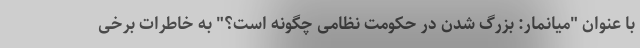
با عنوان "میانمار: بزرگ شدن در حکومت نظامی چگونه است؟" به خاطرات برخی